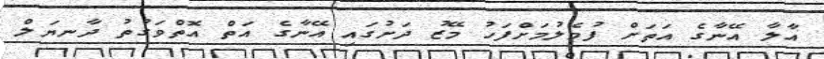
އާލާ އޭނާގެ އަތަށް ފުމެލުމަށްފަހު މޭޒު ދަށުގައި އޭނާގެ އަތް އޮތްވަގުތު ދާނޔަލް